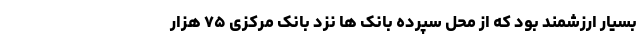
بسیار ارزشمند بود که از محل سپرده بانک ها نزد بانک مرکزی ۷۵ هزار